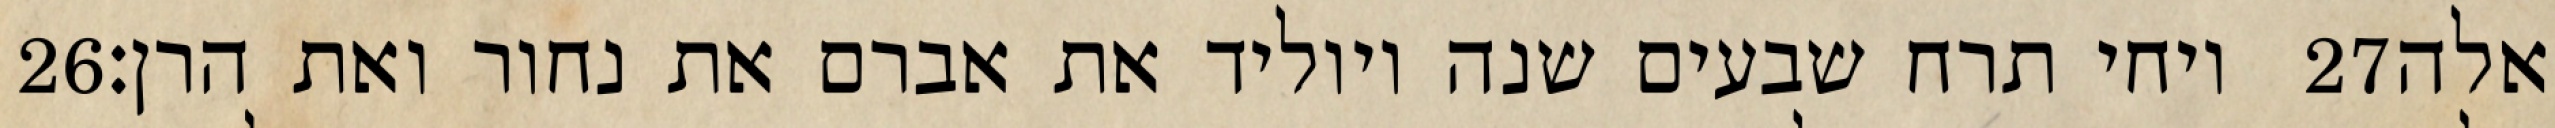
‎26‏ ויחי תרח שבעים שנה ויוליד את אברם את נחור ואת הרן׃ ‎27‏ אלה